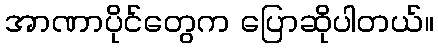
အာဏာပိုင်တွေက ပြောဆိုပါတယ်။